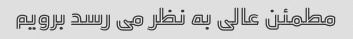
مطمئن عالی به نظر می رسد برویم